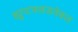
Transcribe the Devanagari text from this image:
ह्युप्टफ्लडवेबल